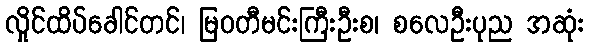
လှိုင်ထိပ်ခေါင်တင်၊ မြဝတီမင်းကြီးဦးစ၊ စလေဦးပုည အဆုံး